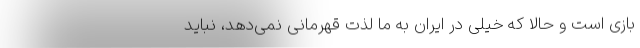
بازی است و حالا که خیلی در ایران به ما لذت قهرمانی نمی‌دهد، نباید